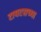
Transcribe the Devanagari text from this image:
टायटसच्या